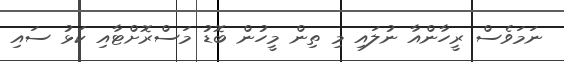
ނަމަވެސް ރީހާންއާ ނުލައި މި ތިން މީހުން ބޮޑު މަސްރޮށްޓާއި ކަޅު ސައި